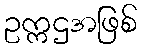
ဥက္ကဌအဖြစ်